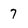
Character: 7